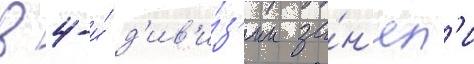
в 4-и́ д'ив'и́з'ии за́н'ял'и